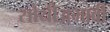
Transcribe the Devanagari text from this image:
सोयीअभावी